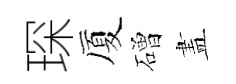
琛厦磳𥁞